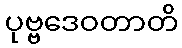
ပုဗ္ဗဒေဝတာတိ